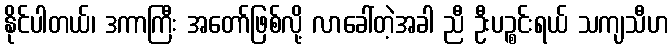
နိုင်ပါတယ်၊ ဒကာကြီး အတော်ဖြစ်လို့ လာခေါ်တဲ့အခါ ညီ ဦးပဉ္စင်းရယ် သကျသီဟ